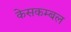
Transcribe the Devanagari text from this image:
केसकम्बल